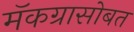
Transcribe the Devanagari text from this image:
मॅकग्रासोबत